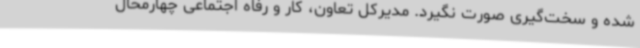
شده و سخت‌گیری صورت نگیرد. مدیرکل تعاون، کار و رفاه اجتماعی چهارمحال